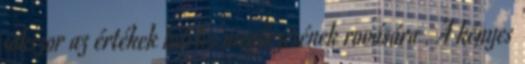
sokszor az értékek hiteles megőrzésének rovására . A kényes